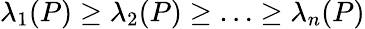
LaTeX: \lambda_{1}(P)\ge\lambda_{2}(P)\ge\ldots\ge\lambda_{n}(P)